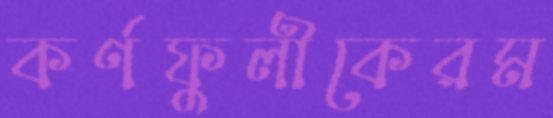
কর্ণফুলীকেরম